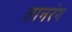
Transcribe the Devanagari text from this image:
तानरंग